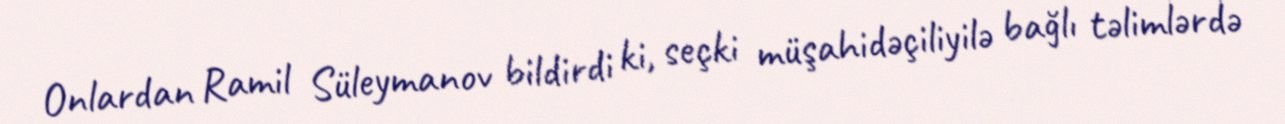
Onlardan Ramil Süleymanov bildirdi ki, seçki müşahidəçiliyilə bağlı təlimlərdə